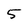
Character: 5